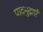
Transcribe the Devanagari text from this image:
पादमुद्राएँ